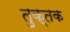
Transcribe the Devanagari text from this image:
तुक्तक